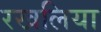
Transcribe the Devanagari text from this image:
रखलिया